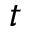
t